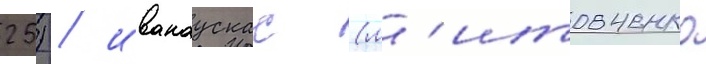
25) / иванаускас (л'итовченко